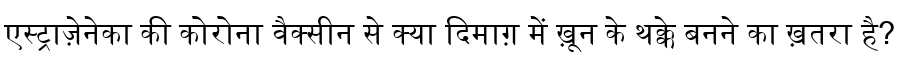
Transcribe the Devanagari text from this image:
एस्ट्राज़ेनेका की कोरोना वैक्सीन से क्या दिमाग़ में ख़ून के थक्के बनने का ख़तरा है?